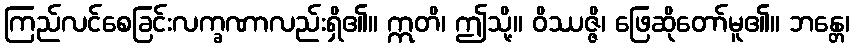
ကြည်လင်စေခြင်းလက္ခဏာလည်းရှိ၏။ ဣတိ၊ ဤသို့။ ဝိဿဇ္ဇိ၊ ဖြေဆိုတော်မူ၏။ ဘန္တေ၊